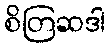
စိတြဆဒါ